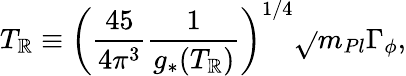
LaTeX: T_{\mathbb{R}}\equiv\left(\frac{{45}}{{4\pi^{3}}}\frac{{1}}{{g_{*}(T_{\mathbb{R}})}}\right)^{1/4}\sqrt{}{{m_{Pl}\Gamma_{\phi}}},